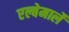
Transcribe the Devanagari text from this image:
एल्बेमार्ले